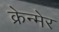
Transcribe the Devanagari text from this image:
क्रेन्मेर